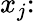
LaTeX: x_{j}{\mathrm{:}}